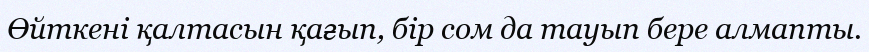
Өйткені қалтасын қағып, бір сом да тауып бере алмапты.